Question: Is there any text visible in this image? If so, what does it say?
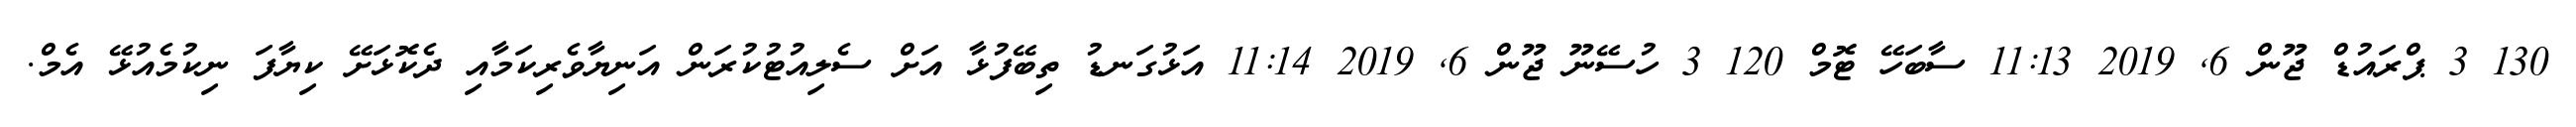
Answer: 130 3 ޕްރައުޑް ޖޫން 6, 2019 11:13 ސާބަހޭ ޓޮމް 120 3 ހުސޭނޫ ޖޫން 6, 2019 11:14 އަޅުގަނޑު ތިބޭފުޅާ އަށް ސެލިއުޓުކުރަން އަނިޔާވެރިކަމާއި ދެކޮޅަށޭ ކިޔާފަ ނިކުމެއުޅޭ އެމް.